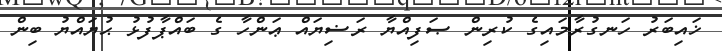
ޚައިބަރު ހަނގުރާމައިގެ ކުރިން ޞަފިއްޔާ ރަޟިޔައް ޢަންހާ ގެ ބައްޕާފުޅު ޙުޔައްޔު ބިން